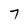
Character: 7